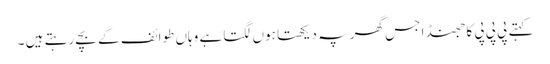
کہتے پی پی پی کا جھنڈا جس گھر پہ دیکھتا ہوں لگتا ہے وہاں طوائف کے بچے رہتے ہیں ۔